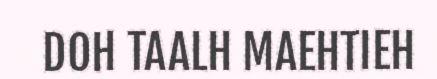
DOH TAALH MAEHTIEH